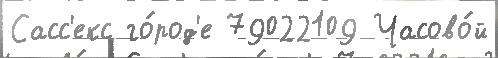
Сасс'екс го́род'е 79022109 Часово́й